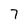
Character: 7